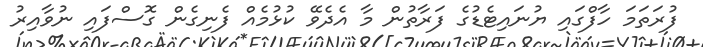
ފުރަތަމަ ހާފްގައި ޔުނައިޓެޑުގެ ފަރާތުން މާ އެދެވޭ ކުޅުމެއް ފެނިގެން ގޮސްފައި ނުވާއިރު